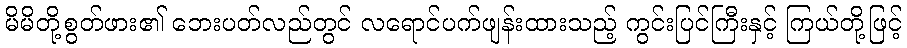
မိမိတို့စွတ်ဖား၏ ဘေးပတ်လည်တွင် လရောင်ပက်ဖျန်းထားသည့် ကွင်းပြင်ကြီးနှင့် ကြယ်တို့ဖြင့်